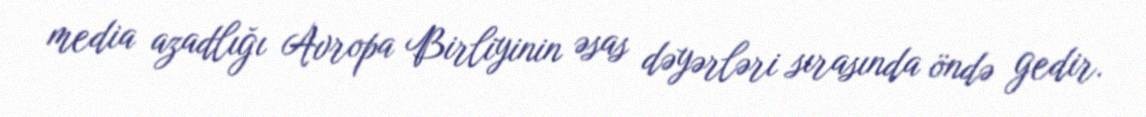
media azadlığı Avropa Birliyinin əsas dəyərləri sırasında öndə gedir.